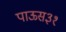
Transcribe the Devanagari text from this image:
पाऊस३१